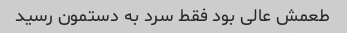
طعمش عالی بود فقط سرد به دستمون رسید